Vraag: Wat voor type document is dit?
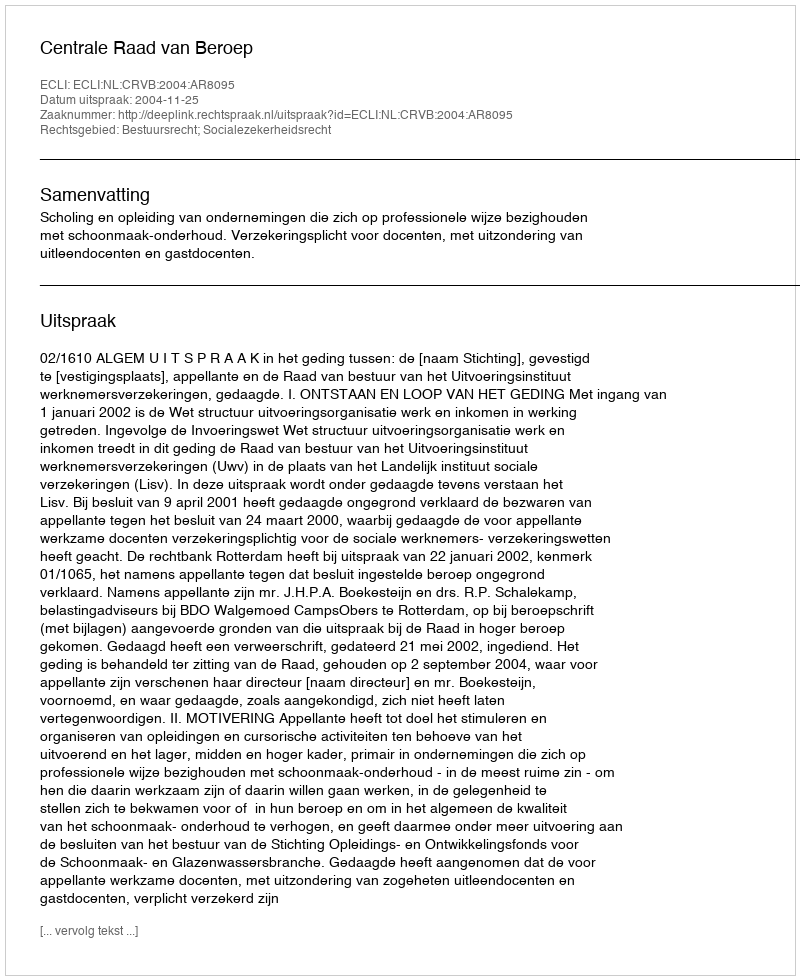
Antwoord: Uitspraak